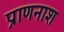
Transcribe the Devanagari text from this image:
प्राणनाश